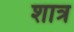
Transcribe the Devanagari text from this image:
शात्र